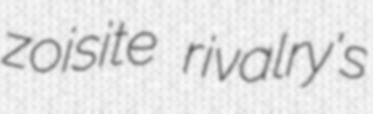
zoisite rivalry's